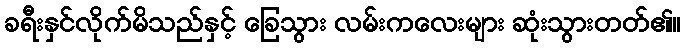
ခရီးနှင်လိုက်မိသည်နှင့် ခြေသွား လမ်းကလေးများ ဆုံးသွားတတ်၏။